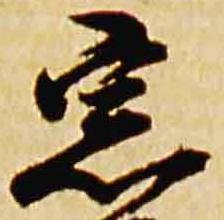
宗